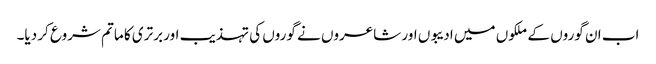
اب ان گوروں کے ملکوں میں ادیبوں اور شاعروں نے گوروں کی تہذیب اور برتری کا ماتم شروع کر دیا۔